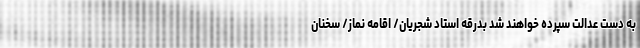
به دست عدالت سپرده خواهند شد بدرقه استاد شجریان/ اقامه نماز/ سخنان